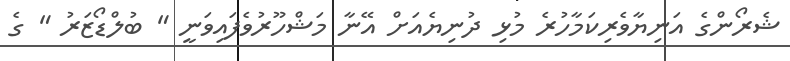
ޝެރޯންގެ އަނިޔާވެރިކަމާހުރެ މުޅި ދުނިޔެއަށް އޭނާ މަޝްހޫރުވެފައިވަނީ " ބުލްޑޯޒަރު " ގެ